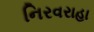
નિરવરાહા